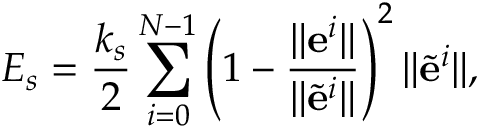
E _ { s } = \frac { k _ { s } } { 2 } \sum _ { i = 0 } ^ { N - 1 } \left( 1 - \frac { \lVert \mathbf { e } ^ { i } \rVert } { \lVert \tilde { \mathbf { e } } ^ { i } \rVert } \right) ^ { 2 } \lVert \tilde { \mathbf { e } } ^ { i } \rVert ,